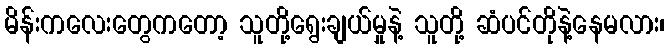
မိန်းကလေးတွေကတော့ သူတို့ရွေးချယ်မှုနဲ့ သူတို့ ဆံပင်တိုနဲ့နေမလား၊